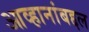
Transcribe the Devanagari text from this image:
आव्हानांबद्दल